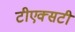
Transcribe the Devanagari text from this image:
टीएक्सटी